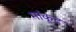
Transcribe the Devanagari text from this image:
मांकूट